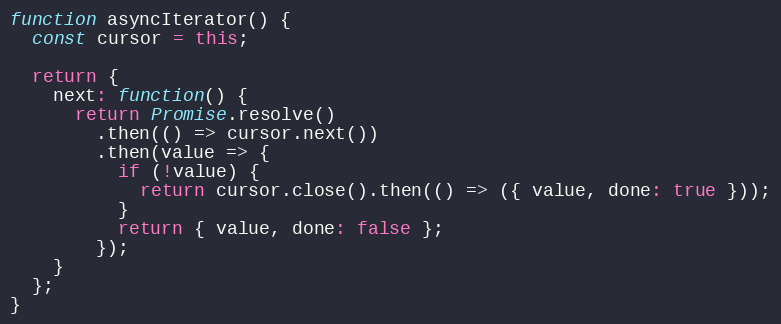
Language: JavaScript
function asyncIterator() {
  const cursor = this;

  return {
    next: function() {
      return Promise.resolve()
        .then(() => cursor.next())
        .then(value => {
          if (!value) {
            return cursor.close().then(() => ({ value, done: true }));
          }
          return { value, done: false };
        });
    }
  };
}